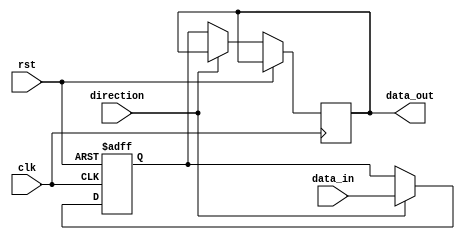
module IO_Block_Compensated_Buffer (
    input wire clk,
    input wire rst,
    input wire direction,
    input wire [7:0] data_in,
    output wire [7:0] data_out
);

reg [7:0] buffer;

always @(posedge clk or posedge rst) begin
    if (rst) begin
        buffer <= 8'b00000000;
    end else begin
        if (direction) begin
            buffer <= data_in;
        end else begin
            data_out <= buffer;
        end
    end
end

endmodule